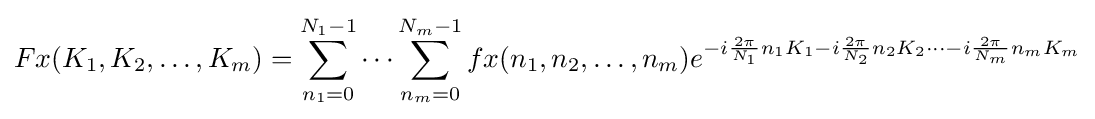
Fx(K_{1},K_{2},\ldots ,K_{m})=\sum _{n_{1}=0}^{N_{1}-1}\cdots \sum _{n_{m}=0}^{N_{m}-1}fx(n_{1},n_{2},\ldots ,n_{m})e^{-i{\frac {2\pi }{N_{1}}}n_{1}K_{1}-i{\frac {2\pi }{N_{2}}}n_{2}K_{2}\cdots -i{\frac {2\pi }{N_{m}}}n_{m}K_{m}}